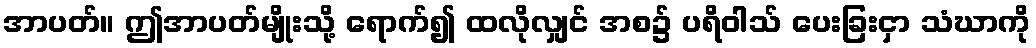
အာပတ်။ ဤအာပတ်မျိုးသို့ ရောက်၍ ထလိုလျှင် အစ၌ ပရိဝါသ် ပေးခြးငှာ သံဃာကို